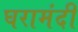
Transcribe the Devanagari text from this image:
घरामंदी